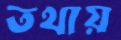
তথায়